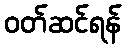
ဝတ်ဆင်ရန်